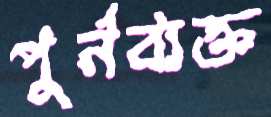
পুর্নব্যক্ত